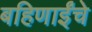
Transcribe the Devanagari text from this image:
बहिणाईंचे